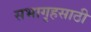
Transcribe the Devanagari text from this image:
सभागृहसाठी